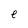
Character: e